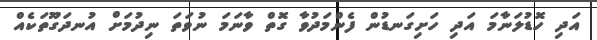
އަދި ހޮޑުލަނާމަ އަދި ހަށިގަނޑުން ފެންމަދުވާ ގޮތް ވާނަމަ ނުވަތަ ނިދުމަށް އުނދަގޫތަކެއް